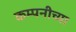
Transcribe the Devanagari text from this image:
कम्पनीच्या